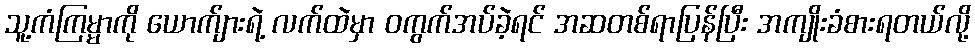
သူ့ကံကြမ္မာကို ယောက်ျားရဲ့ လက်ထဲမှာ ဝကွက်အပ်ခဲ့ရင် အဆတစ်ရာပြန်ပြီး အကျိုးခံစားရတယ်လို့